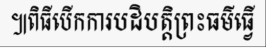
៕ពិធីបើកការបដិបត្តិព្រះធម៌ធ្វើ